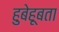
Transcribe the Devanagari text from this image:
हुबेहूबता